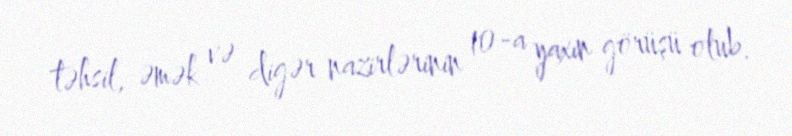
təhsil, əmək və digər nazirlərinin 10-a yaxın görüşü olub.